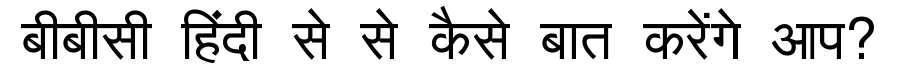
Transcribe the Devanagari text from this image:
बीबीसी हिंदी से से कैसे बात करेंगे आप?